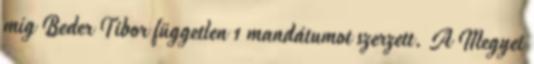
míg Beder Tibor független 1 mandátumot szerzett. A Megyei